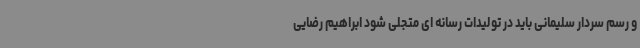
و رسم سردار سلیمانی باید در تولیدات رسانه ای متجلی شود ابراهیم رضایی